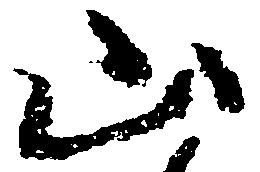
山